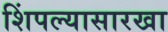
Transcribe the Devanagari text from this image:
शिंपल्यासारखा